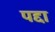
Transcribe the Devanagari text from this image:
पद्दा